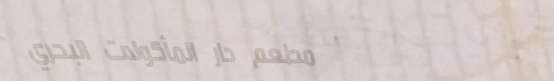
مطعم دار المأكولات البحري